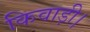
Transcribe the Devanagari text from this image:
किवाड़ी।